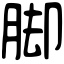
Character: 脚